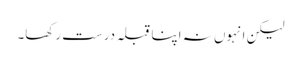
لیکن انہوں نہ اپنا قبلہ درست رکھا۔